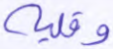
وقلبه